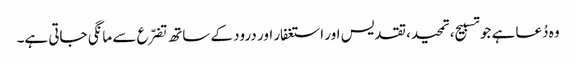
وہ دُعا ہے جو تسبیح، تمحید، تقدیس اور استغفار اور درود کے ساتھ تضرّع سے مانگی جاتی ہے۔